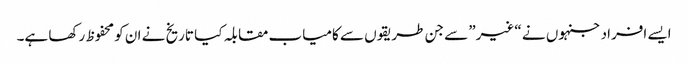
ایسے افراد جنہوں نے “غیر” سے جن طریقوں سے کامیاب مقابلہ کیا تاریخ نے ان کو محفوظ رکھا ہے۔